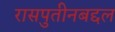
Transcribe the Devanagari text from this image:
रासपुतीनबद्दल